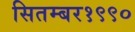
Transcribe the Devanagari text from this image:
सितम्बर१९९०